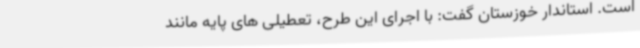
است. استاندار خوزستان گفت: با اجرای این طرح، تعطیلی های پایه مانند